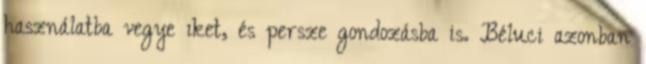
használatba vegye ıket, és persze gondozásba is. Béluci azonban